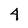
Character: 4